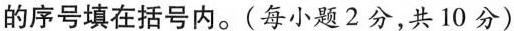
的序号填在括号内.(每小题 2分,共 10 分)